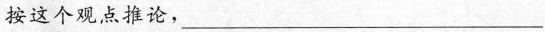
接这个观点为论。___